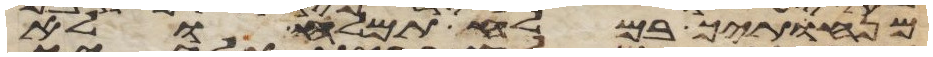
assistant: מנחתך במלח תמלח ולא